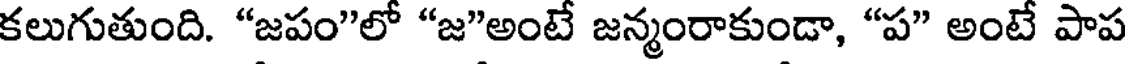
కలుగుతుంది. "జపం"లో "జ"అంటే జన్మంరాకుండా, "ప" అంటే పాప